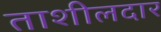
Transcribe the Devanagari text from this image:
ताशीलदार